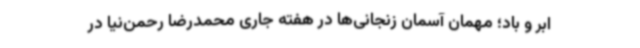
ابر و باد؛ مهمان آسمان زنجانی‌ها در هفته جاری محمدرضا رحمن‌نیا در